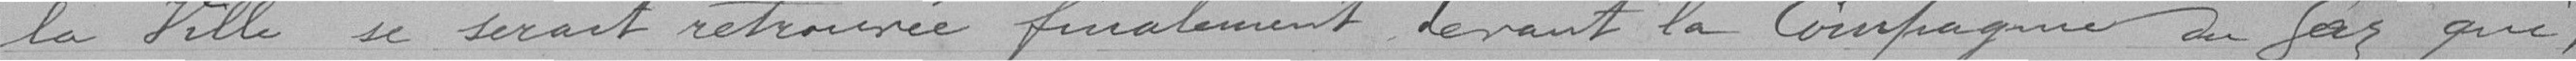
la Ville se serait retrouvée finalement devant la Compagnie du Gaz que